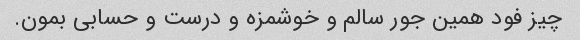
چیز فود همین جور سالم و خوشمزه و درست و حسابى بمون.